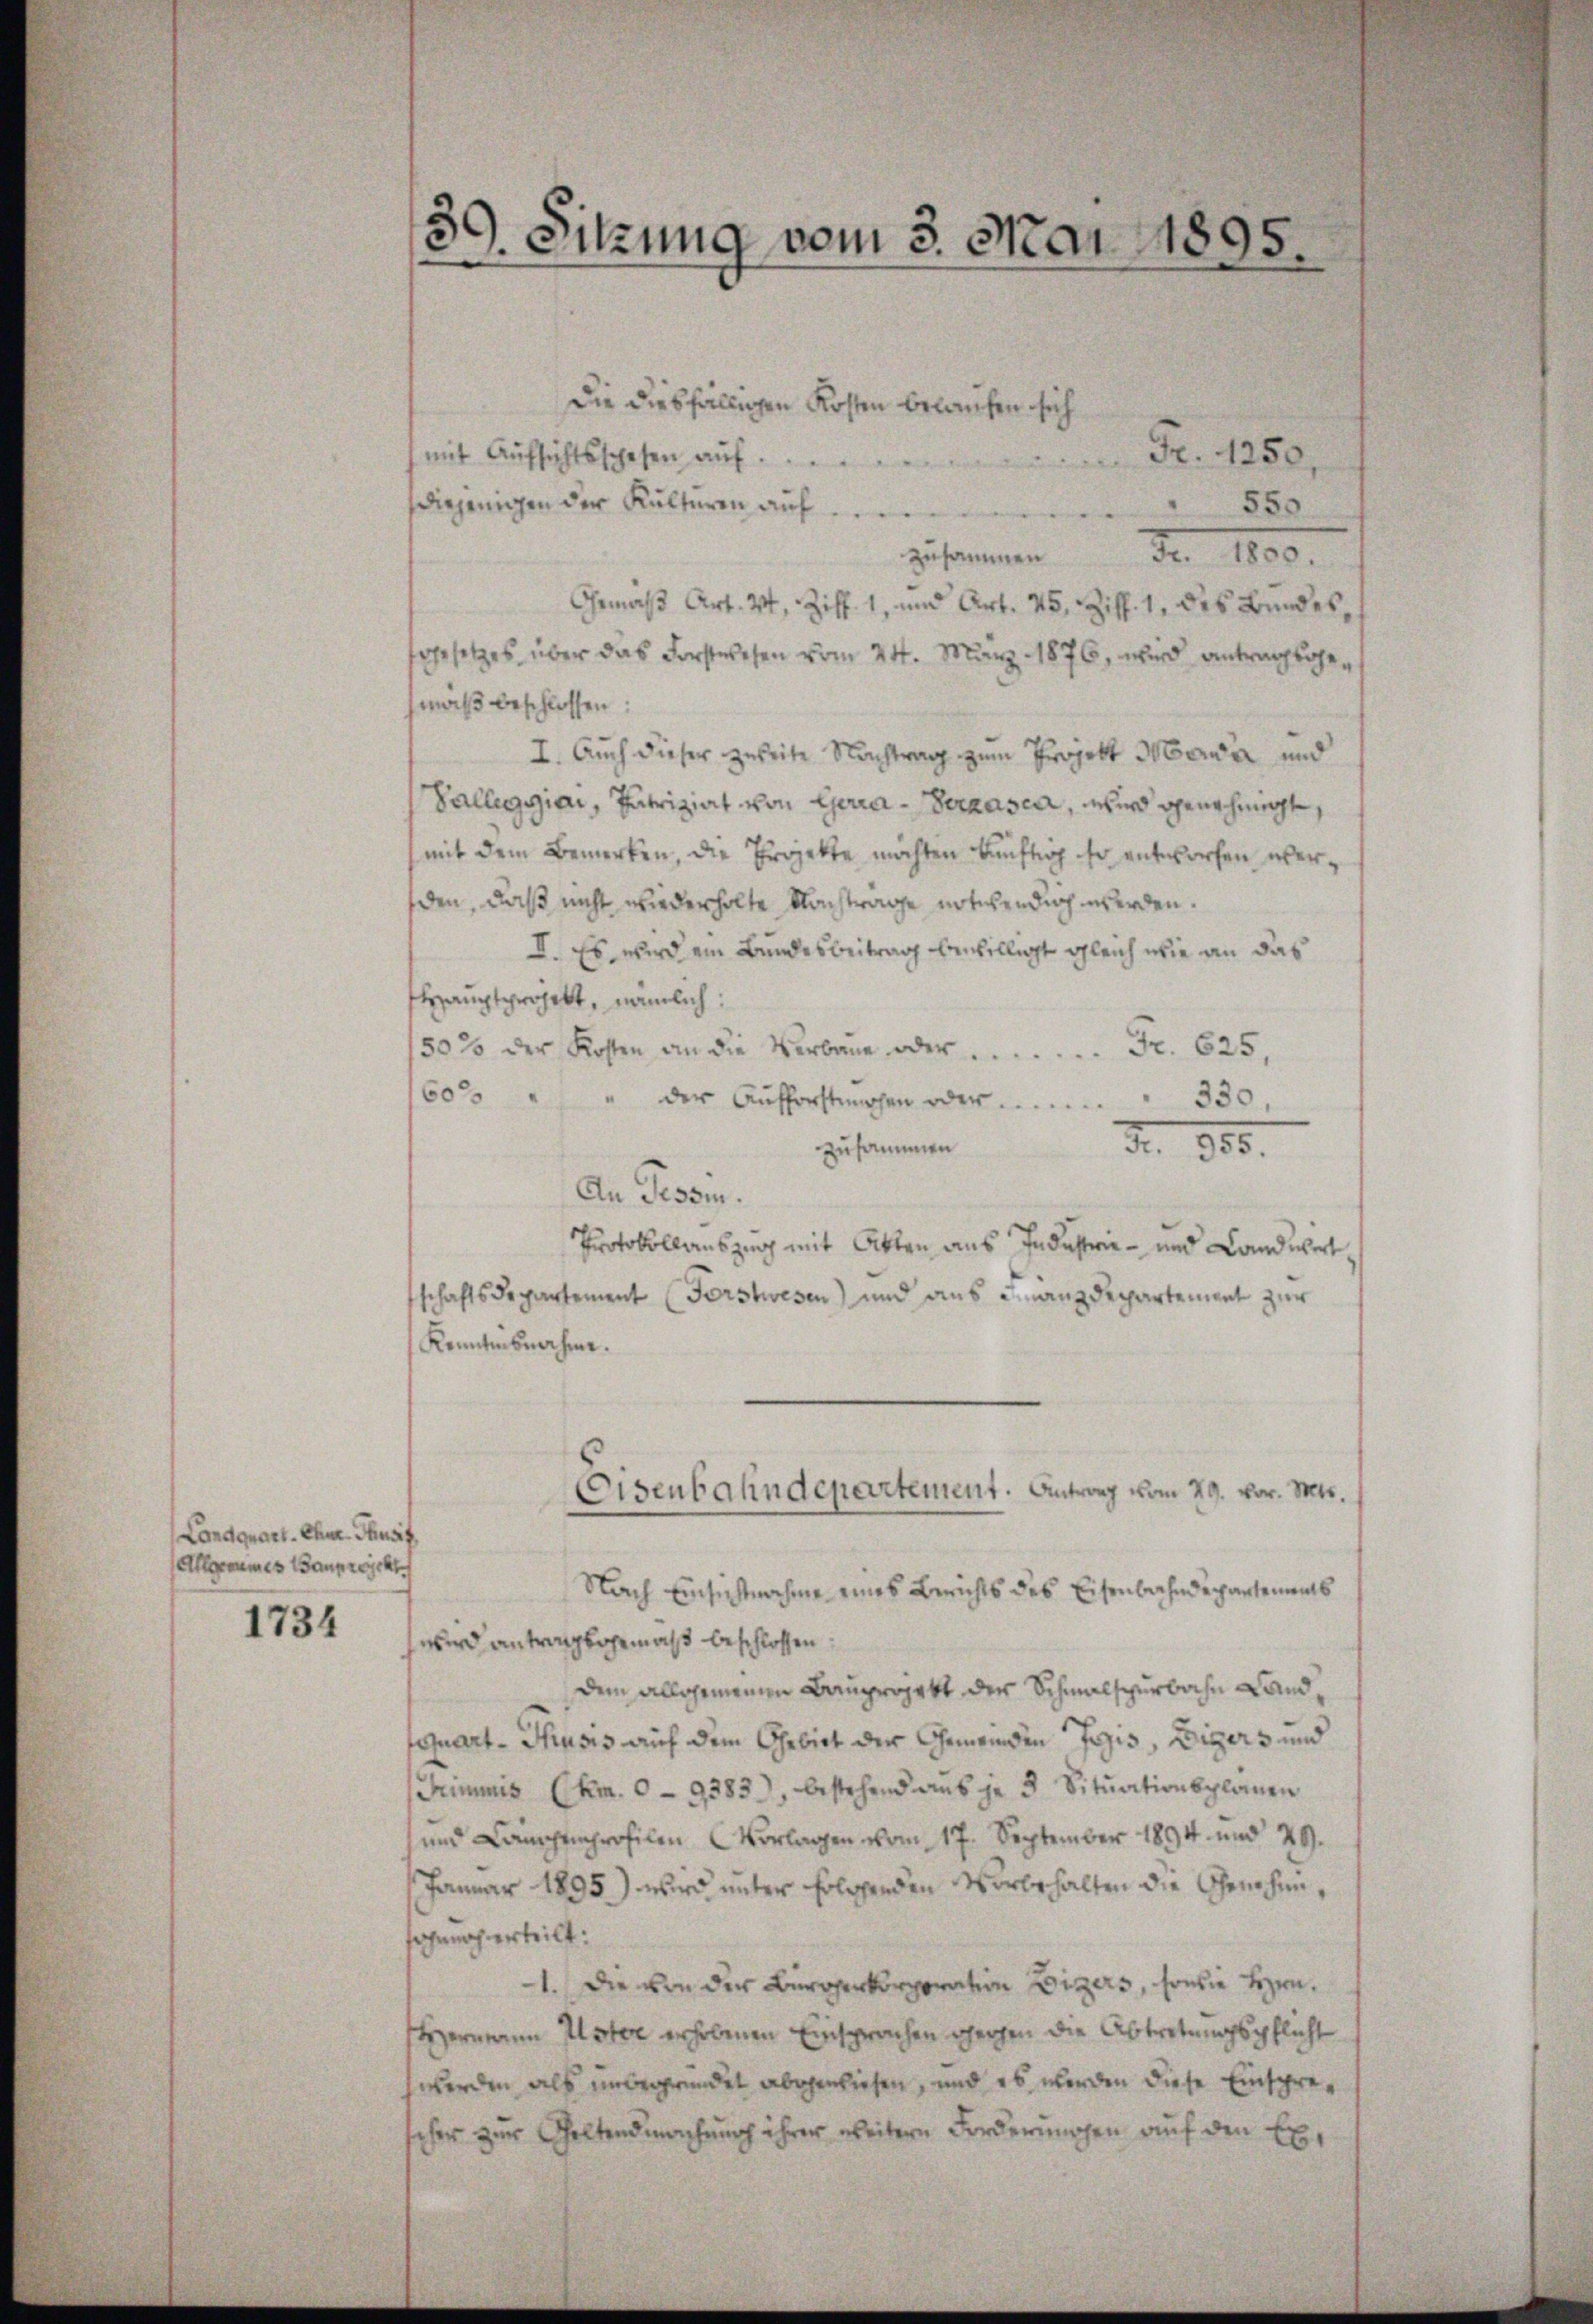
Landquart. Chur- Thusif
Alleraumes Bauprecht

1734

Die diesfälligen Kosten belaufen sich
Fr. 1250,
mit Aufsichtsschefen auf
550
diejenigen der Kulturen auf
zusammen Fr. 1850.
Gemäß Art. 24, Ziff. 1, und Art. 45, Ziff. 1, des Bundes,
gesetzes über das Forstwesen vom 24. März 1876, wird antragsgemaß beschlossen:
I. Auch dieser zweite Nachtrag zum Projekt Maria und
Valleggiai, Patriziat von Gera-Verhasca, wird genehmigt,
mit dem Bemerken, die Projekte möchten künftig ihr entworfen werden, daß nicht wiederholte Nachtrage notwendig werden.
I. Es wird ein Bundesbeitrag anbilligt gleich wie an das
shauptprojekt, nämlich:
50% der Kosten an die Verbaue oder  ..  ..  ..  Fr. 625.
600
" der Aufforstehen oder ........... 330,
zusammen
Fr. 305.
An Tessi.
Protokollauszug mit Akten aus Industrie - und Landwert
schaftsdepartement (Forstwesen) und aus Finanzdepartement zur
Kenntnisnahme.
EEisenbahndepartement. Antrag vom 29. vor. Mts.
Nach Einsichtnahme eines Berichts des Eisenbahndepartements
wird antragsgemäß beschlossen,
dem allgemeinen Bauprojekt der Schmalspurbahn Landfquart - Thusis auf dem Gebiet der Gemeinden Jozis, Eigers und
Grimmis (km. 0- 9383), bestehend aŭs je 3 Sitŭationsplanen
und Campenprofilen Vorlagen vom 17. September 1894 und 29.
Januar 1895) wird unter folgenden Vorbehalten die Genehinsahnergerteilt:
1.Die von der Bürosenkorporation Vizers, sowie bezie¬
Hermann Ustere erhobenen Einsprachen gegen die Abtretungspflicht
hwerden als unbegründet abgewiesen, und es werden diese Einspresehen zur Geltendmachung ihrer weitere Forderungen auf den Ex¬

5
Sitzung vom 3. Mai 1895.